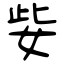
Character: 姕